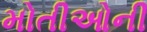
મોતીઓની